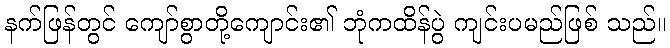
နက်ဖြန်တွင် ကျော်စွာတို့ကျောင်း၏ ဘုံကထိန်ပွဲ ကျင်းပမည်ဖြစ် သည်။